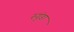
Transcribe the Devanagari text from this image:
रुगुंडा